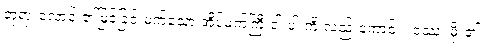
ဘုရားလောင်း၏မြင်ခြင်းမက်သော အိပ်မက်ကြီးငါးပါးကို လည်းကောင်း။ ဝဿ၊ မိုး၏။